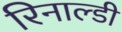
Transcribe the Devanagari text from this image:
रिनाल्डी